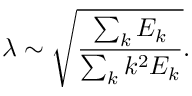
\lambda \sim \sqrt { \frac { \sum _ { k } E _ { k } } { \sum _ { k } k ^ { 2 } E _ { k } } } .